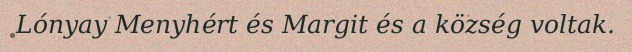
Lónyay Menyhért és Margit és a község voltak.